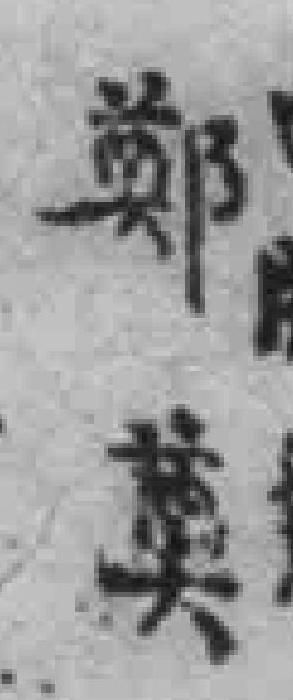
鄭奠